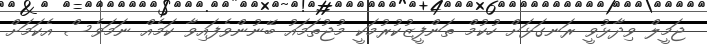
ޖަމީލް ވިދާޅުވީ ރަނގަޅަށް ހުކުމް ތަންފީޒުކުރުމަކީ މުޖުތަމައު ބޭނުންވެފައިވާ ކަމެއް ނަމަވެސް އެކަމަށް